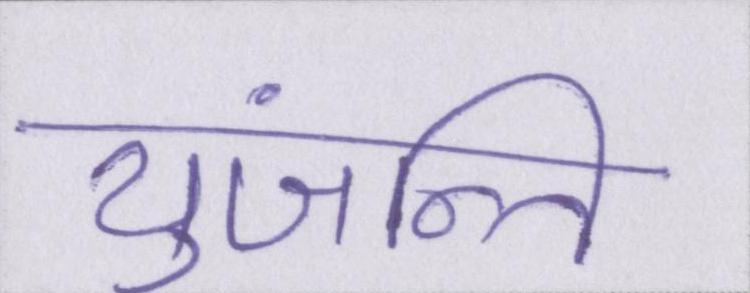
युंजन्ति